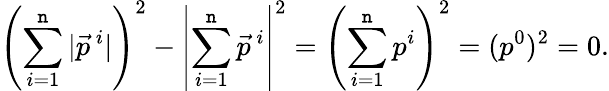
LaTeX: \left(\sum_{i=1}^{\mathtt{n}}|\vec{{p}}^{\ i}|\right)^{2}-\left|\sum_{i=1}^{\mathtt{n}}\vec{{p}}^{\ i}\right|^{2}=\left(\sum_{i=1}^{\mathtt{n}}p^{i}\right)^{2}=(p^{0})^{2}=0.